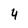
Character: 4